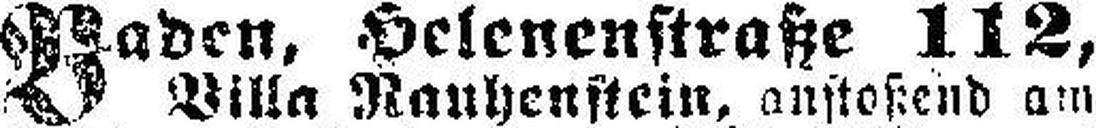
Baden, Helenenstraße 112,